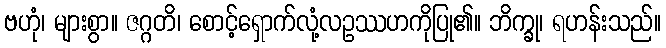
ဗဟုံ၊ များစွာ။ ဇဂ္ဂတိ၊ စောင့်ရှောက်လုံ့လဥဿဟကိုပြု၏။ ဘိက္ခု၊ ရဟန်းသည်။